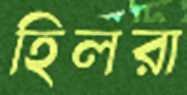
হিলরা